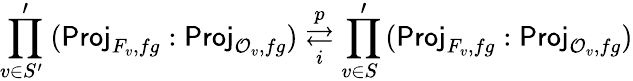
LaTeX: \left.\underset{v\in S^{\prime}\; }{\prod^{\prime}}\right.(\mathsf{Proj}_{F_{v},fg}:\mathsf{Proj}_{\mathcal{O}_{v},fg})\underset{i}{\overset{p}{\rightleftarrows}}\left.\underset{v\in S\; }{\prod^{\prime}}\right.(\mathsf{Proj}_{F_{v},fg}:\mathsf{Proj}_{\mathcal{O}_{v},fg})